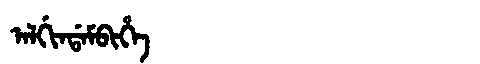
Manchu: ᠠᠯᡤᡳᠨᡩᠠᠮᠪᡳᡥᡝ
Romanization: ALGINDAMBIHE